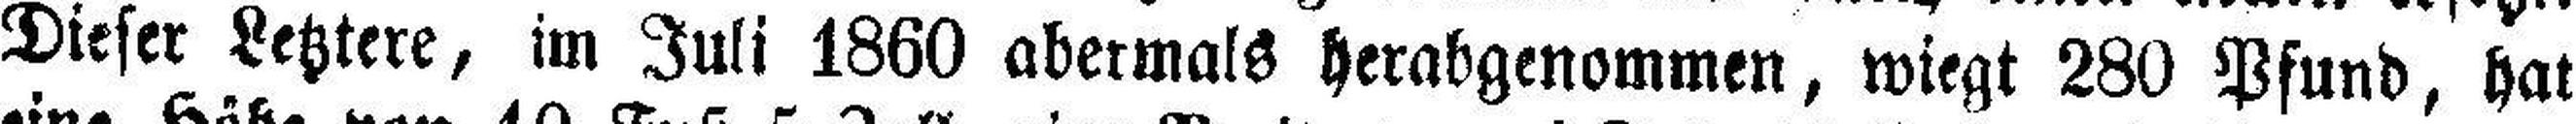
Dieser Letztere, im Juli 1860 abermals herabgenommen, wiegt 280 Pfund, hat